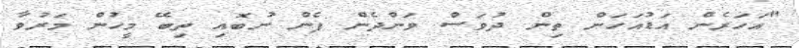
"އަަހަރެން އަޑުއަހަން ތިން ދުވަސް ވަންދެން ފެން ނުބޮއި ތިބޭ މީހުން މަރުވާ